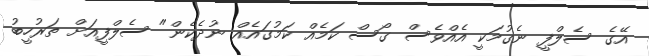
އޭގެ ސެލްފީ ނެގުމަކީ އެއްވެސް ގޯސް ކަމެއް ކަމުގައެއް ނުދެކެން" ސެލްފީއަށް ތަރުހީބު